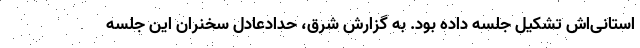
استانی‌اش تشکیل جلسه داده بود. به گزارش شرق، حدادعادل سخنران این جلسه